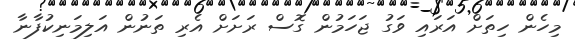
މިހެން ހިތަށް އަރައި ވަގު ޖަހަމުން ގޮސް ރަށަށް އެރި ތަނުން އަލިމަނިކުފާނާ